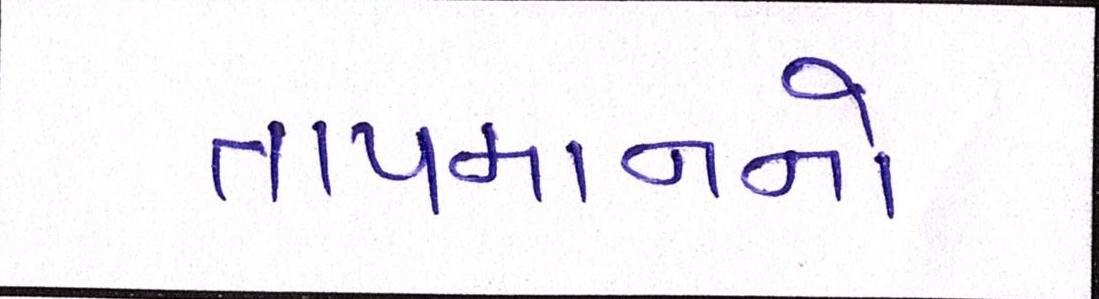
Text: તાપમાનનો